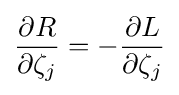
{\frac {\partial R}{\partial \zeta _{j}}}=-{\frac {\partial L}{\partial \zeta _{j}}}